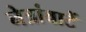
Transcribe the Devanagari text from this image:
नेत्रांवाटें